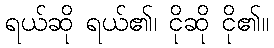
ရယ်ဆို ရယ်၏၊ ငိုဆို ငို၏။